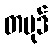
တပုဒ်